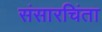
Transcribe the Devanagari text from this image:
संसारचिंता